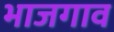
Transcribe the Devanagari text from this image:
भाजगाव